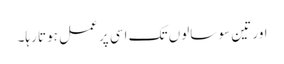
اور تین سو سالوں تک اسی پر عمل ہوتا رہا۔